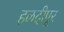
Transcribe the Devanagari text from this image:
हळदीपूर